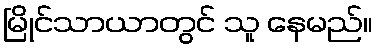
မြိုင်သာယာတွင် သူ နေမည်။